Civil Veterinary Department Bihar & Orissa reports 1929-36 - 1929-1936
Year: 1929
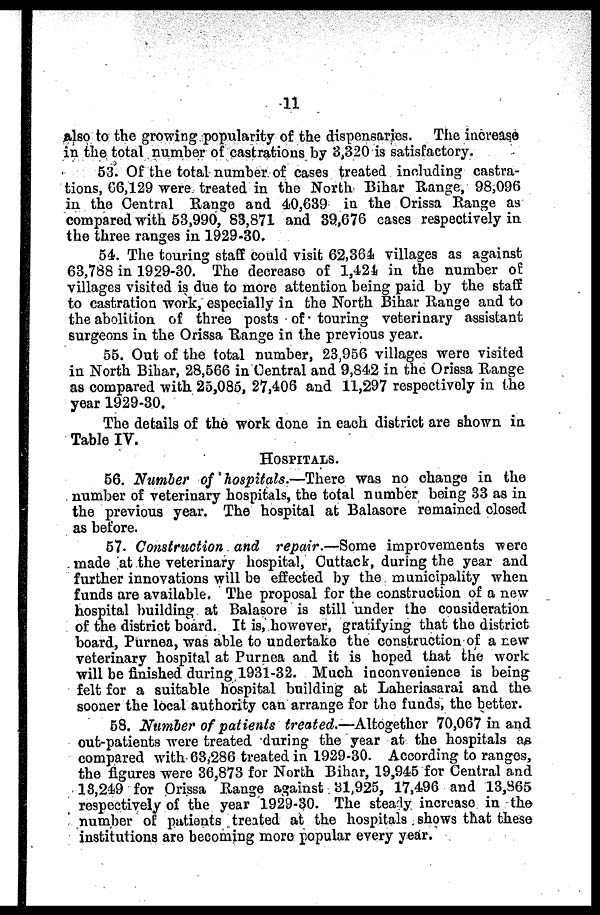
11
also to the growing popularity of the dispensaries. The increase
in the total number of castrations by 3,320 is satisfactory.
53. Of the total number of cases treated including castra-
tions, 66,129 were treated in the North Bihar Range, 98,096
in the Central Range and 40,639 in the Orissa Range as
compared with 53,990, 83,871 and 39,676 cases respectively in
the three ranges in 1929-30.
54. The touring staff could visit 62,364 villages as against
63,788 in 1929-30. The decrease of 1,424 in the number of
villages visited is due to more attention being paid by the staff
to castration work, especially in the North Bihar Range and to
the abolition of three posts of touring veterinary assistant
surgeons in the Orissa Range in the previous year.
55. Out of the total number, 23,956 villages were visited
in North Bihar, 28,566 in Central and 9,842 in the Orissa Range
as compared with 25,085, 27,406 and 11,297 respectively in the
year 1929-30.
The details of the work done in each district are shown in
Table IV.
HOSPITALS.
56. Number of hospitals.—There was no change in the
number of veterinary hospitals, the total number being 33 as in
the previous year. The hospital at Balasore remained closed
as before.
57. Construction and repair.—Some improvements were
made at the veterinary hospital, Cuttack, during the year and
further innovations will be effected by the municipality when
funds are available. The proposal for the construction of a new
hospital building at Balasore is still under the consideration
of the district board. It is, however, gratifying that the district
board, Purnea, was able to undertake the construction of a new
veterinary hospital at Purnea and it is hoped that the work
will be finished during 1931-32. Much inconvenience is being
felt for a suitable hospital building at Laheriasarai and the
sooner the local authority can arrange for the funds, the better.
58. Number of patients treated.—Altogether 70,067 in and
out-patients were treated during the year at the hospitals as
compared with 63,286 treated in 1929-30. According to ranges,
the figures were 36,873 for North Bihar, 19,945 for Central and
13,249 for Orissa Range against 31,925, 17,496 and 13,865
respectively of the year 1929-30. The steady increase in the
number of patients treated at the hospitals shows that these
institutions are becoming more popular every year.